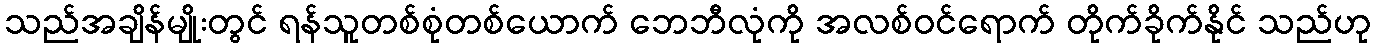
သည်အချိန်မျိုးတွင် ရန်သူတစ်စုံတစ်ယောက် ဘေဘီလုံကို အလစ်ဝင်ရောက် တိုက်ခိုက်နိုင် သည်ဟု